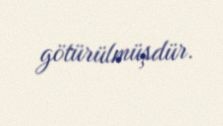
götürülmüşdür.